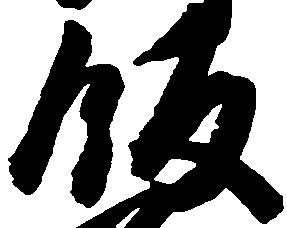
飯